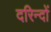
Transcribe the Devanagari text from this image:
दरिन्‍दों